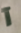
آ